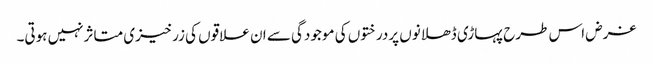
غرض اس طرح پہاڑی ڈھلانوں پردرختوں کی موجودگی سے ان علاقوں کی زرخیزی متاثرنہیں ہوتی۔